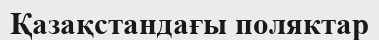
Қазақстандағы поляктар